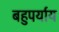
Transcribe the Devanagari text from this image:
बहुपर्याय